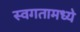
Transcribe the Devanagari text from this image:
स्वगतामध्ये